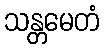
သန္တမေတံ